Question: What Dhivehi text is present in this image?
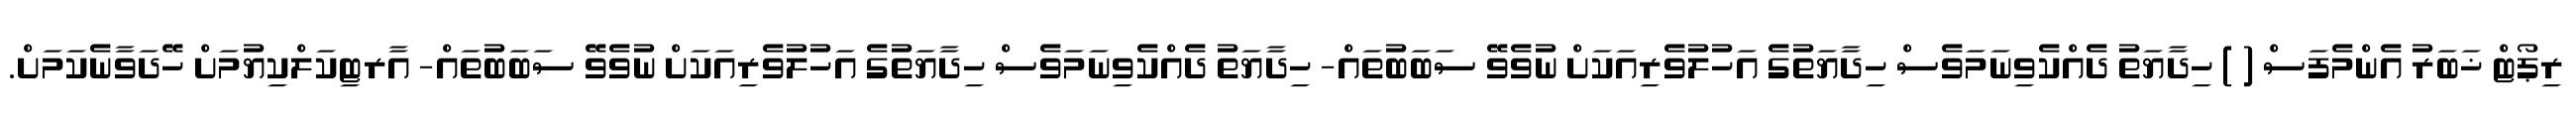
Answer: ރިޕޯޓް ޚަބަރު އެންމެފަސް ( ) ހިދާޔަތު ދެއްކެވިނަމަވެސް ހިދާޔަތުގެ އަހުލުވެރިއަކަށް ނުވެވޭ ސަބަބުތައް- ހިދާޔަތު ދެއްކެވިނަމަވެސް ހިދާޔަތުގެ އަހުލުވެރިއަކަށް ނުވެވޭ ސަބަބުތައް- އާރޓިކަލްކިޔުމަށް ހޭދަވާނެކަމަށް.